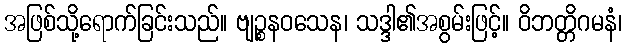
အဖြစ်သို့ရောက်ခြင်းသည်။ ဗျဉ္စနဝသေန၊ သဒ္ဒါ၏အစွမ်းဖြင့်။ ဝိဘတ္တိဂမနံ၊